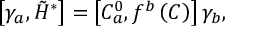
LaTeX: \left[ \gamma _ { a } , \tilde { H } ^ { * } \right] = \left[ C _ { a } ^ { 0 } , f ^ { b } \left( C \right) \right] \gamma _ { b } ,